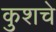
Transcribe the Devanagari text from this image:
कुशचे